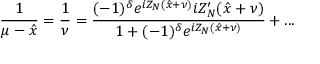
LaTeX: \displaystyle \frac { 1 } { \mu - \hat { x } } = \displaystyle \frac { 1 } { \nu } = \displaystyle \frac { ( - 1 ) ^ { \delta } e ^ { i Z _ { N } ( \hat { x } + \nu ) } i Z _ { N } ^ { \prime } ( \hat { x } + \nu ) } { 1 + ( - 1 ) ^ { \delta } e ^ { i Z _ { N } ( \hat { x } + \nu ) } } + . . .